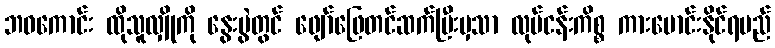
ဘဝကောင်း ထိုသူလျှိုကို နွေးပွဲတွင် ဖျော်ဖြေတင်ဆက်ပြီးမှသာ လုပ်ငန်းကိစ္စ ကားမောင်းနိုင်ရမည်